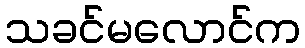
သခင်မလောင်က